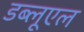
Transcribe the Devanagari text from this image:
डब्लूएल